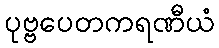
ပုဗ္ဗပေတကရဏီယံ